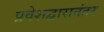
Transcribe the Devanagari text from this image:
प्रवेशद्वारानंतर